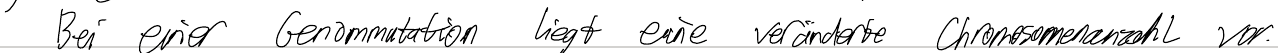
Bei einer Genommutation liegt eine veränderte Chromosomenanzahl vor.